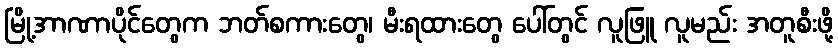
မြို့အာဏာပိုင်တွေက ဘတ်စကားတွေ၊ မီးရထားတွေ ပေါ်တွင် လူဖြူ လူမည်း အတူစီးဖို့